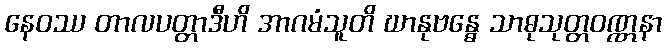
နေဝဿ တာလပတ္တာဒီဟိ အာဂမံသူတိ ဃာနုဗန္ဓေ သာဓုသုတ္တဝဏ္ဏနာ